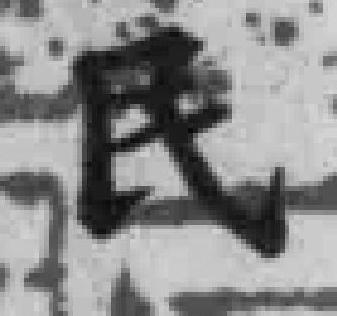
民